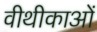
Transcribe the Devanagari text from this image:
वीथीकाओं